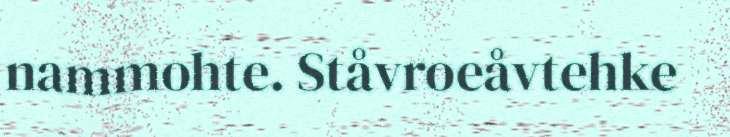
nammohte. Ståvroeåvtehke